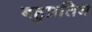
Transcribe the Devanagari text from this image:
बहुप्रतिभ